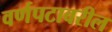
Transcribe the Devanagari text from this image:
वर्णपटावरील